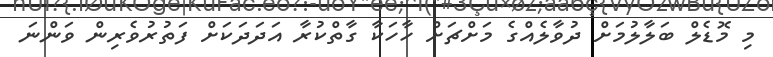
މި މޮޑެލް ބަލާލުމަށް ދުވާލެއްގެ މަށްޗަށް ހާހަކާ ގާތްކުރާ އަދަދަކަށް ފަތުރުވެރިން ވަންނަ